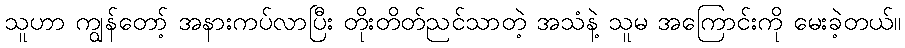
သူဟာ ကျွန်တော့် အနားကပ်လာပြီး တိုးတိတ်ညင်သာတဲ့ အသံနဲ့ သူမ အကြောင်းကို မေးခဲ့တယ်။